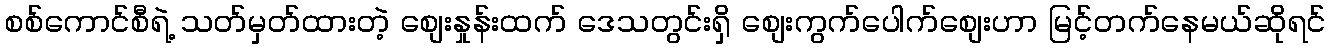
စစ်ကောင်စီရဲ့ သတ်မှတ်ထားတဲ့ စျေးနှုန်းထက် ဒေသတွင်းရှိ စျေးကွက်ပေါက်စျေးဟာ မြင့်တက်နေမယ်ဆိုရင်